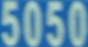
5050